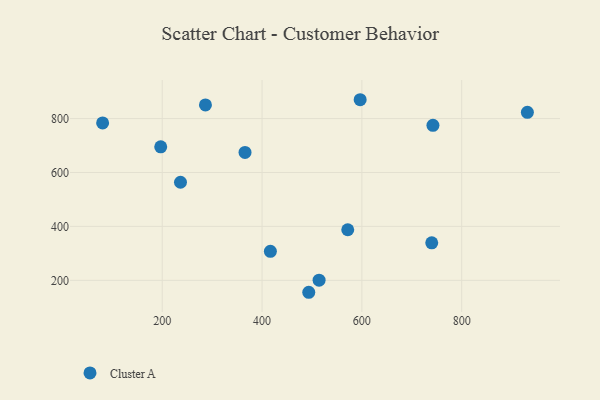
{"axis": {"x": "Study Hours", "y": "Salary"}, "legend": ["Cluster A"], "data": [{"x": "931.6", "y": 823.2, "type": "Cluster A"}, {"x": "740.0", "y": 339.2, "type": "Cluster A"}, {"x": "197.0", "y": 695.0, "type": "Cluster A"}, {"x": "742.4", "y": 774.7, "type": "Cluster A"}, {"x": "365.9", "y": 674.5, "type": "Cluster A"}, {"x": "493.6", "y": 155.7, "type": "Cluster A"}, {"x": "416.7", "y": 307.4, "type": "Cluster A"}, {"x": "514.3", "y": 200.5, "type": "Cluster A"}, {"x": "596.6", "y": 869.8, "type": "Cluster A"}, {"x": "571.7", "y": 387.6, "type": "Cluster A"}, {"x": "286.6", "y": 850.6, "type": "Cluster A"}, {"x": "236.6", "y": 563.8, "type": "Cluster A"}, {"x": "80.6", "y": 783.6, "type": "Cluster A"}]}